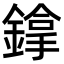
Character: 鎿